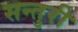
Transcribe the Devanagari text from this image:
सन्तुरी